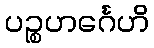
ပဉ္စဟင်္ဂေဟိ